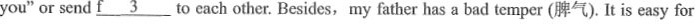
you"or send \underline{f3} to cach other. Besides, my father has a bad temper (脾气). It is easy for